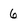
Character: 6